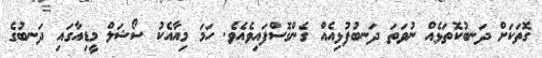
ގޮތަކަށް ދަނބުކޮތަޅެއް ނުވަތަ ދަނބުފުޅިއެއް ގެންގޮސްފައިވެއެވެ. ހަމަ މިއާއެކު ސޯޝަލް މީޑިއާގައި ދަނބުގެ